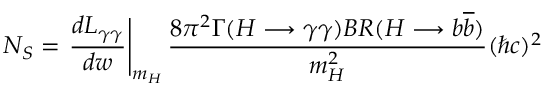
N _ { S } = \left. \frac { d L _ { \gamma \gamma } } { d w } \right| _ { m _ { H } } \frac { 8 \pi ^ { 2 } \Gamma ( H \longrightarrow \gamma \gamma ) B R ( H \longrightarrow b \overline { { { b } } } ) } { m _ { H } ^ { 2 } } ( \hbar c ) ^ { 2 }